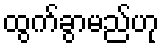
ထွက်ခွာမည်ဟု